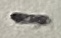
Text: -